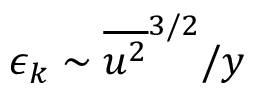
\epsilon _ { k } \sim { \overline { { u ^ { 2 } } } ^ { 3 / 2 } } / { y }